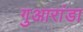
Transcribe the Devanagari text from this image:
गुआरांडा